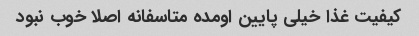
کیفیت غذا خیلی پایین اومده متاسفانه اصلا خوب نبود